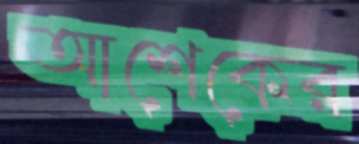
আশেকের